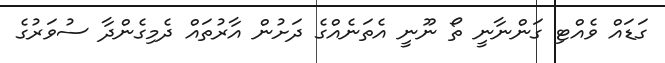
ގަޑައް ވެއްޓި ގަންނާނީ ތޯ ނޫނީ އެތަނެއްގެ ދަށުން އާރުތައް ދެމިގެންދާ ސުވަރުގެ